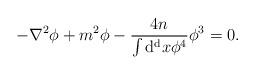
LaTeX: \begin{align*}- \nabla^2 \phi + m^2 \phi - { 4 n \over \int {\rm d^d} x \phi^4 } \phi^3 = 0.\end{align*}